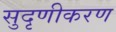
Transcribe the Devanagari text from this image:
सुदृणीकरण